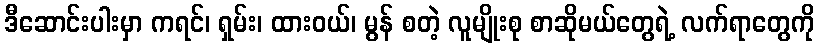
ဒီဆောင်းပါးမှာ ကရင်၊ ရှမ်း၊ ထားဝယ်၊ မွန် စတဲ့ လူမျိုးစု စာဆိုမယ်တွေရဲ့ လက်ရာတွေကို